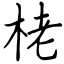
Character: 栳